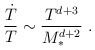
\begin{align*}\frac{{\dot T}}{T}\sim \frac{T^{d+3}}{M_*^{d+2}} \ .\end{align*}